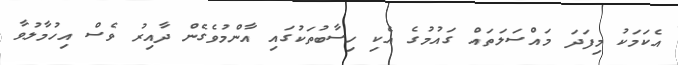
އެކަމަކު މިފަދަ މައްސަލަތައް ގައުމުގެ އެކި ހިސާބުތަކުގައި އާންމުވެގެން ދާއިރު ވެސް އިހުމާލުވާ